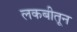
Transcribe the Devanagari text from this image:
लकबीतून